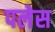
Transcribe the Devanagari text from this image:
पलेस